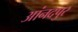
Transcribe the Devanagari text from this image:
आंनदपुर